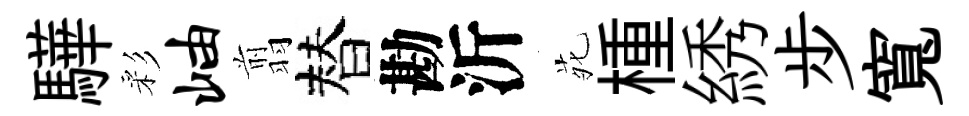
驊彩岫翦替勘沂𫟍㮔綉步寬